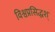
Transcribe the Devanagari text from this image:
विश्वप्रसिद्धश्